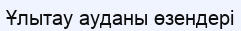
Ұлытау ауданы өзендері